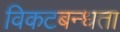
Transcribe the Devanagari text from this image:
विकटबन्धता